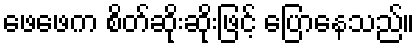
ဖေဖေက စိတ်ဆိုးဆိုးဖြင့် ပြောနေသည်။